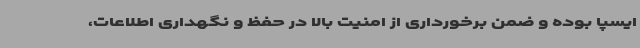
ایسپا بوده و ضمن برخورداری از امنیت بالا در حفظ و نگهداری اطلاعات،